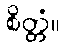
စိတ္တံ။